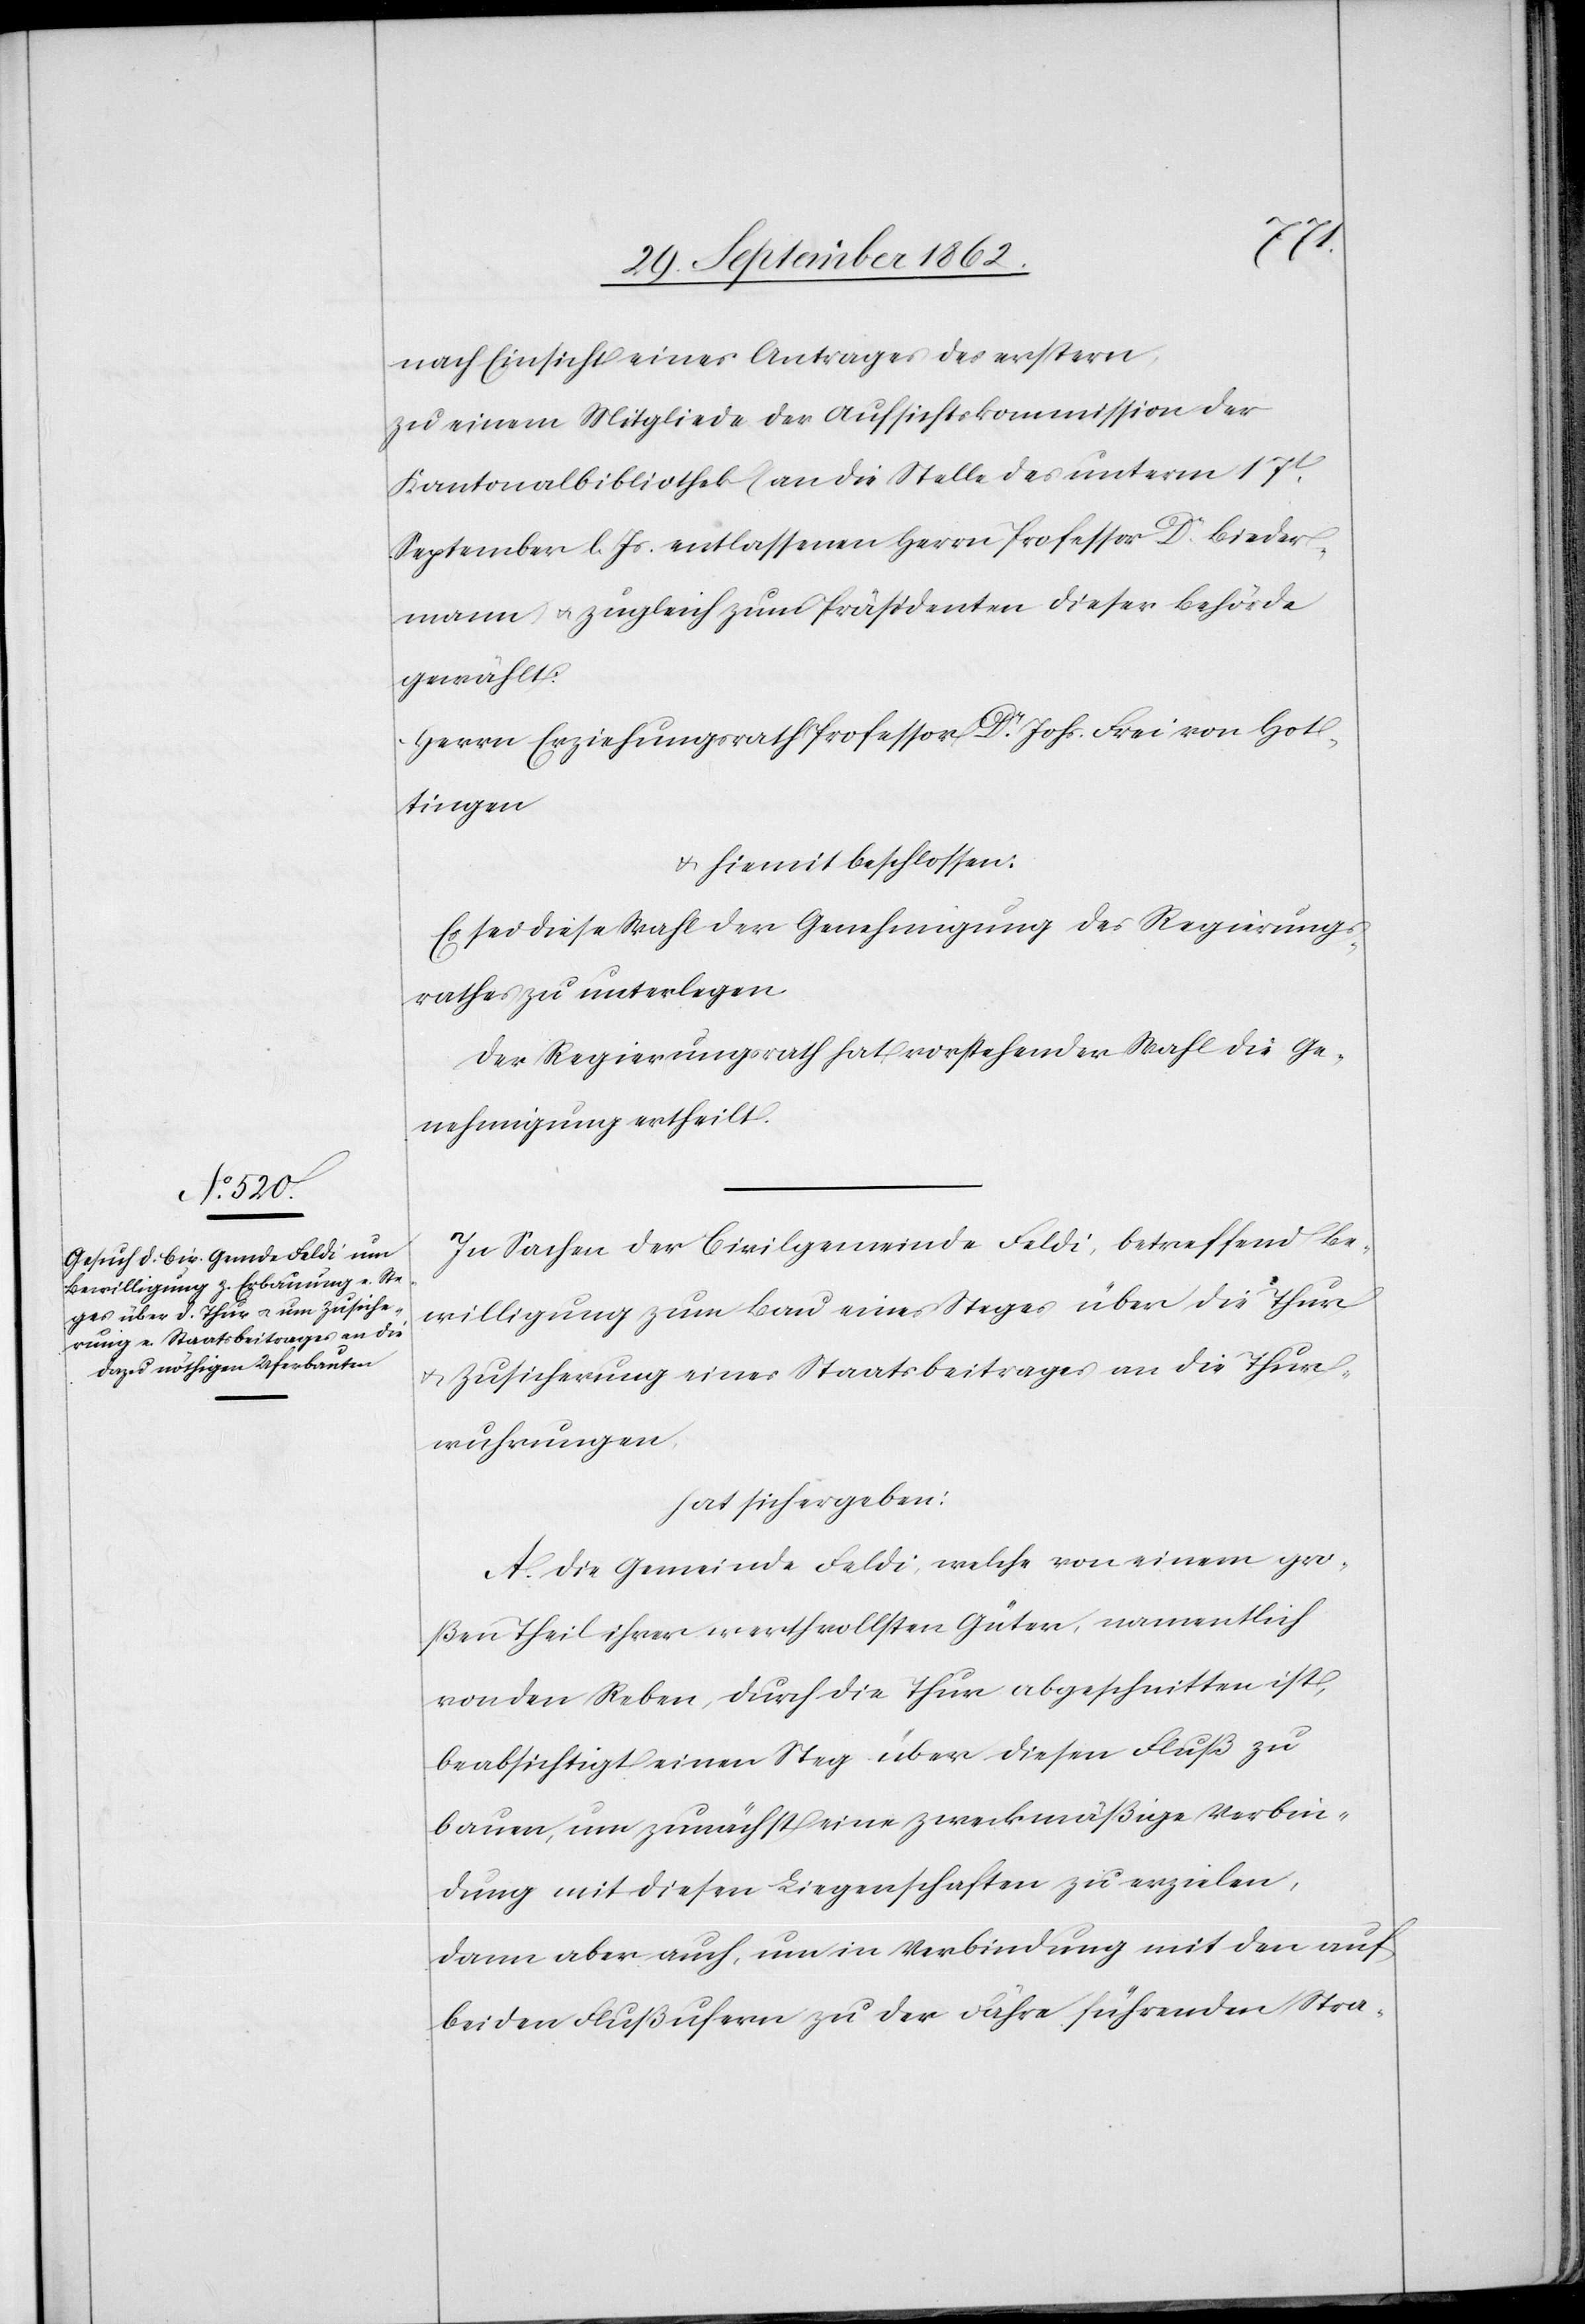
nach Einsicht eines Antrages der erstern,
zu einem Mitgliede der Aufsichtskommission der
Kantonalbibliothek an die Stelle des unterm 17t
September l. Js. entlassenen Herrn Professor Dr. Bieder¬
mann u. zugleich zum Präsidenten dieser Behörde
gewählt:
Herrn Erziehungsrath Professor Dr. Johs. Frei von Hot¬
tingen
u. hiemit beschlossen:
Es sei diese Wahl der Genehmigung des Regierungs¬
rathes zu unterlegen.
Der Regierungsrath hat vorstehender Wahl die Ge¬
nehmigung ertheilt.
In Sachen der Civilgemeinde Feldi, betreffend Be¬
willigung zum Bau eines Steges über die Thur
u. Zusicherung eines Staatsbeitrages an die Thur¬
wuhrungen,
hat sich ergeben:
A. Die Gemeinde Feldi, welche von einem gro¬
ßen Theil ihrer werthvollsten Güter, namentlich
von den Reben, durch die Thur abgeschnitten ist,
beabsichtigt einen Steg über diesen Fluß zu
bauen, um zunächst eine zweckmäßige Verbin¬
dung mit diesen Liegenschaften zu erzielen,
dann aber auch, um in Verbindung mit den auf
beiden Flußufern zu der Fähre führenden Stra-